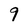
Character: 9